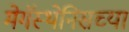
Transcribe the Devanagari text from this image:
मेगॅस्थेनिसच्या